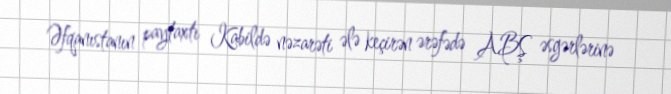
Əfqanıstanın paytaxtı Kabildə nəzarəti ələ keçirən ərəfədə ABŞ əsgərlərinə